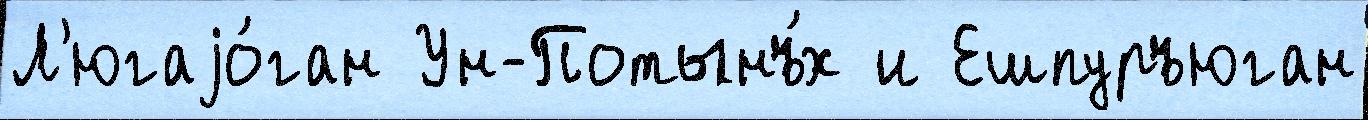
Л'югаjо́ган Ун-Потынъ́х и Ешпуръюган